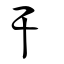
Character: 干